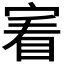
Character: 𡩒